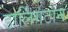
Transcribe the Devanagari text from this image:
डार्लिंगटोन